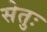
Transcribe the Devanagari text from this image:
सेतुः